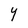
Character: Y